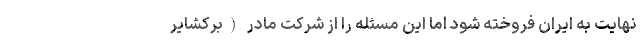
نهایت به ایران فروخته شود اما این مسئله را از شرکت مادر (برکشایر